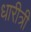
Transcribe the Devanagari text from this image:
धारीत्री